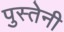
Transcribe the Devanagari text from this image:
पुस्‍तेनी